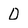
Character: 0